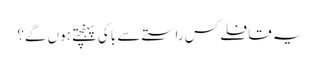
یہ قافلے کس راستے سے باکی پہنچتے ہوں گے؟